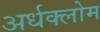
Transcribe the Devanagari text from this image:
अर्धक्लोम